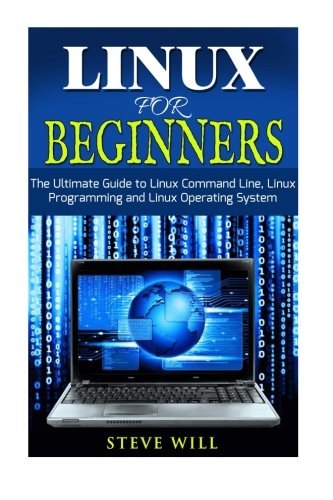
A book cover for Linux for Beginners: The Ultimate Beginner Guide to Linux Command Line, Linux Programming and Linux Operating System; Steve Will; Computers & Technology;